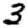
Digit: 3